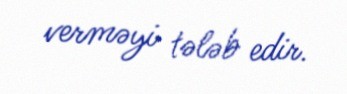
verməyi tələb edir.